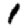
Digit: 1